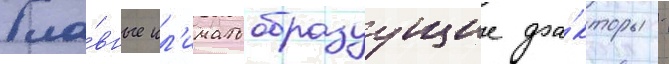
Гла́вные кл'иматообразуущие фа́кторы -